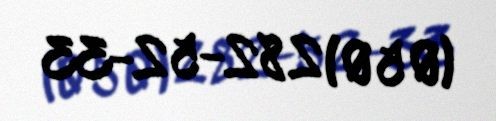
(050) 282-52-33